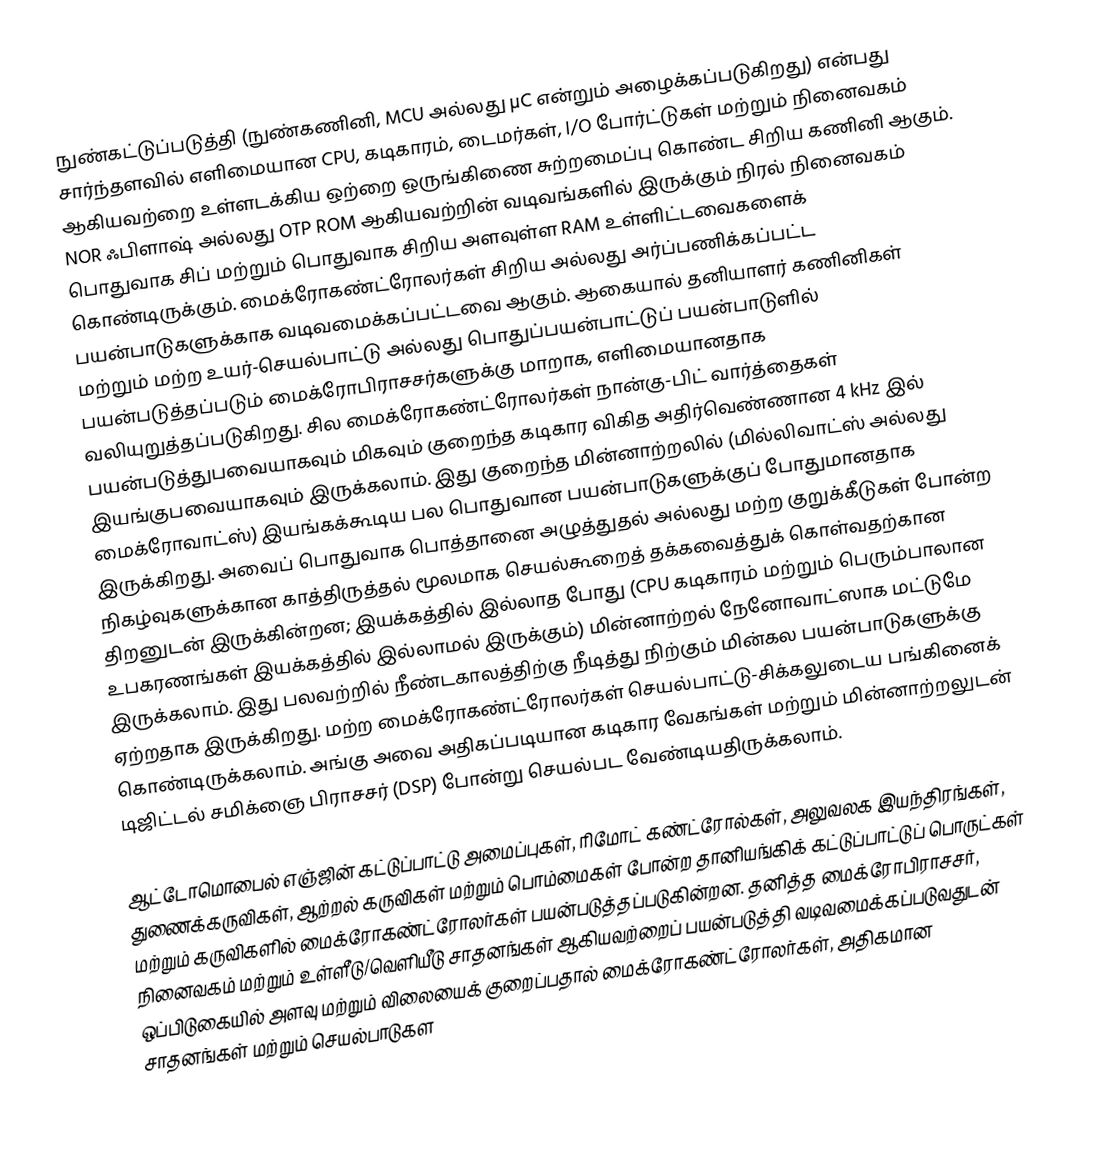
நுண்கட்டுப்படுத்தி (நுண்கணினி, MCU அல்லது µC என்றும் அழைக்கப்படுகிறது) என்பது சார்ந்தளவில் எளிமையான CPU, கடிகாரம், டைமர்கள், I/O போர்ட்டுகள் மற்றும் நினைவகம் ஆகியவற்றை உள்ளடக்கிய ஒற்றை ஒருங்கிணை சுற்றமைப்பு கொண்ட சிறிய கணினி ஆகும். NOR ஃபிளாஷ் அல்லது OTP ROM ஆகியவற்றின் வடிவங்களில் இருக்கும் நிரல் நினைவகம் பொதுவாக சிப் மற்றும் பொதுவாக சிறிய அளவுள்ள RAM உள்ளிட்டவைகளைக் கொண்டிருக்கும். மைக்ரோகண்ட்ரோலர்கள் சிறிய அல்லது அர்ப்பணிக்கப்பட்ட பயன்பாடுகளுக்காக வடிவமைக்கப்பட்டவை ஆகும். ஆகையால் தனியாளர் கணினிகள் மற்றும் மற்ற உயர்-செயல்பாட்டு அல்லது பொதுப்பயன்பாட்டுப் பயன்பாடுளில் பயன்படுத்தப்படும் மைக்ரோபிராசசர்களுக்கு மாறாக, எளிமையானதாக வலியுறுத்தப்படுகிறது. சில மைக்ரோகண்ட்ரோலர்கள் நான்கு-பிட் வார்த்தைகள் பயன்படுத்துபவையாகவும் மிகவும் குறைந்த கடிகார விகித அதிர்வெண்ணான 4 kHz இல் இயங்குபவையாகவும் இருக்கலாம். இது குறைந்த மின்னாற்றலில் (மில்லிவாட்ஸ் அல்லது மைக்ரோவாட்ஸ்) இயங்கக்கூடிய பல பொதுவான பயன்பாடுகளுக்குப் போதுமானதாக இருக்கிறது. அவைப் பொதுவாக பொத்தானை அழுத்துதல் அல்லது மற்ற குறுக்கீடுகள் போன்ற நிகழ்வுகளுக்கான காத்திருத்தல் மூலமாக செயல்கூறைத் தக்கவைத்துக் கொள்வதற்கான திறனுடன் இருக்கின்றன; இயக்கத்தில் இல்லாத போது (CPU கடிகாரம் மற்றும் பெரும்பாலான உபகரணங்கள் இயக்கத்தில் இல்லாமல் இருக்கும்) மின்னாற்றல் நேனோவாட்ஸாக மட்டுமே இருக்கலாம். இது பலவற்றில் நீண்டகாலத்திற்கு நீடித்து நிற்கும் மின்கல பயன்பாடுகளுக்கு ஏற்றதாக இருக்கிறது. மற்ற மைக்ரோகண்ட்ரோலர்கள் செயல்பாட்டு-சிக்கலுடைய பங்கினைக் கொண்டிருக்கலாம். அங்கு அவை அதிகப்படியான கடிகார வேகங்கள் மற்றும் மின்னாற்றலுடன் டிஜிட்டல் சமிக்ஞை பிராசசர் (DSP) போன்று செயல்பட வேண்டியதிருக்கலாம்.

ஆட்டோமொபைல் எஞ்ஜின் கட்டுப்பாட்டு அமைப்புகள், ரிமோட் கண்ட்ரோல்கள், அலுவலக இயந்திரங்கள், துணைக்கருவிகள், ஆற்றல் கருவிகள் மற்றும் பொம்மைகள் போன்ற தானியங்கிக் கட்டுப்பாட்டுப் பொருட்கள் மற்றும் கருவிகளில் மைக்ரோகண்ட்ரோலர்கள் பயன்படுத்தப்படுகின்றன. தனித்த மைக்ரோபிராசசர், நினைவகம் மற்றும் உள்ளீடு/வெளியீடு சாதனங்கள் ஆகியவற்றைப் பயன்படுத்தி வடிவமைக்கப்படுவதுடன் ஒப்பிடுகையில் அளவு மற்றும் விலையைக் குறைப்பதால் மைக்ரோகண்ட்ரோலர்கள், அதிகமான சாதனங்கள் மற்றும் செயல்பாடுகள